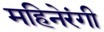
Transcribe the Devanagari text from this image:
महिनेरंगी